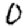
Digit: 0